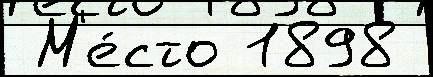
 М'е́сто 1898